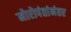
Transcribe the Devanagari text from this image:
मोरोपंतांनंतर